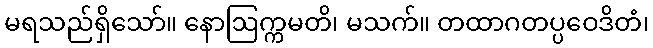
မရသည်ရှိသော်။ နောဩက္ကမတိ၊ မသက်။ တထာဂတပ္ပဝေဒိတံ၊